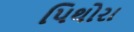
પિથોરા